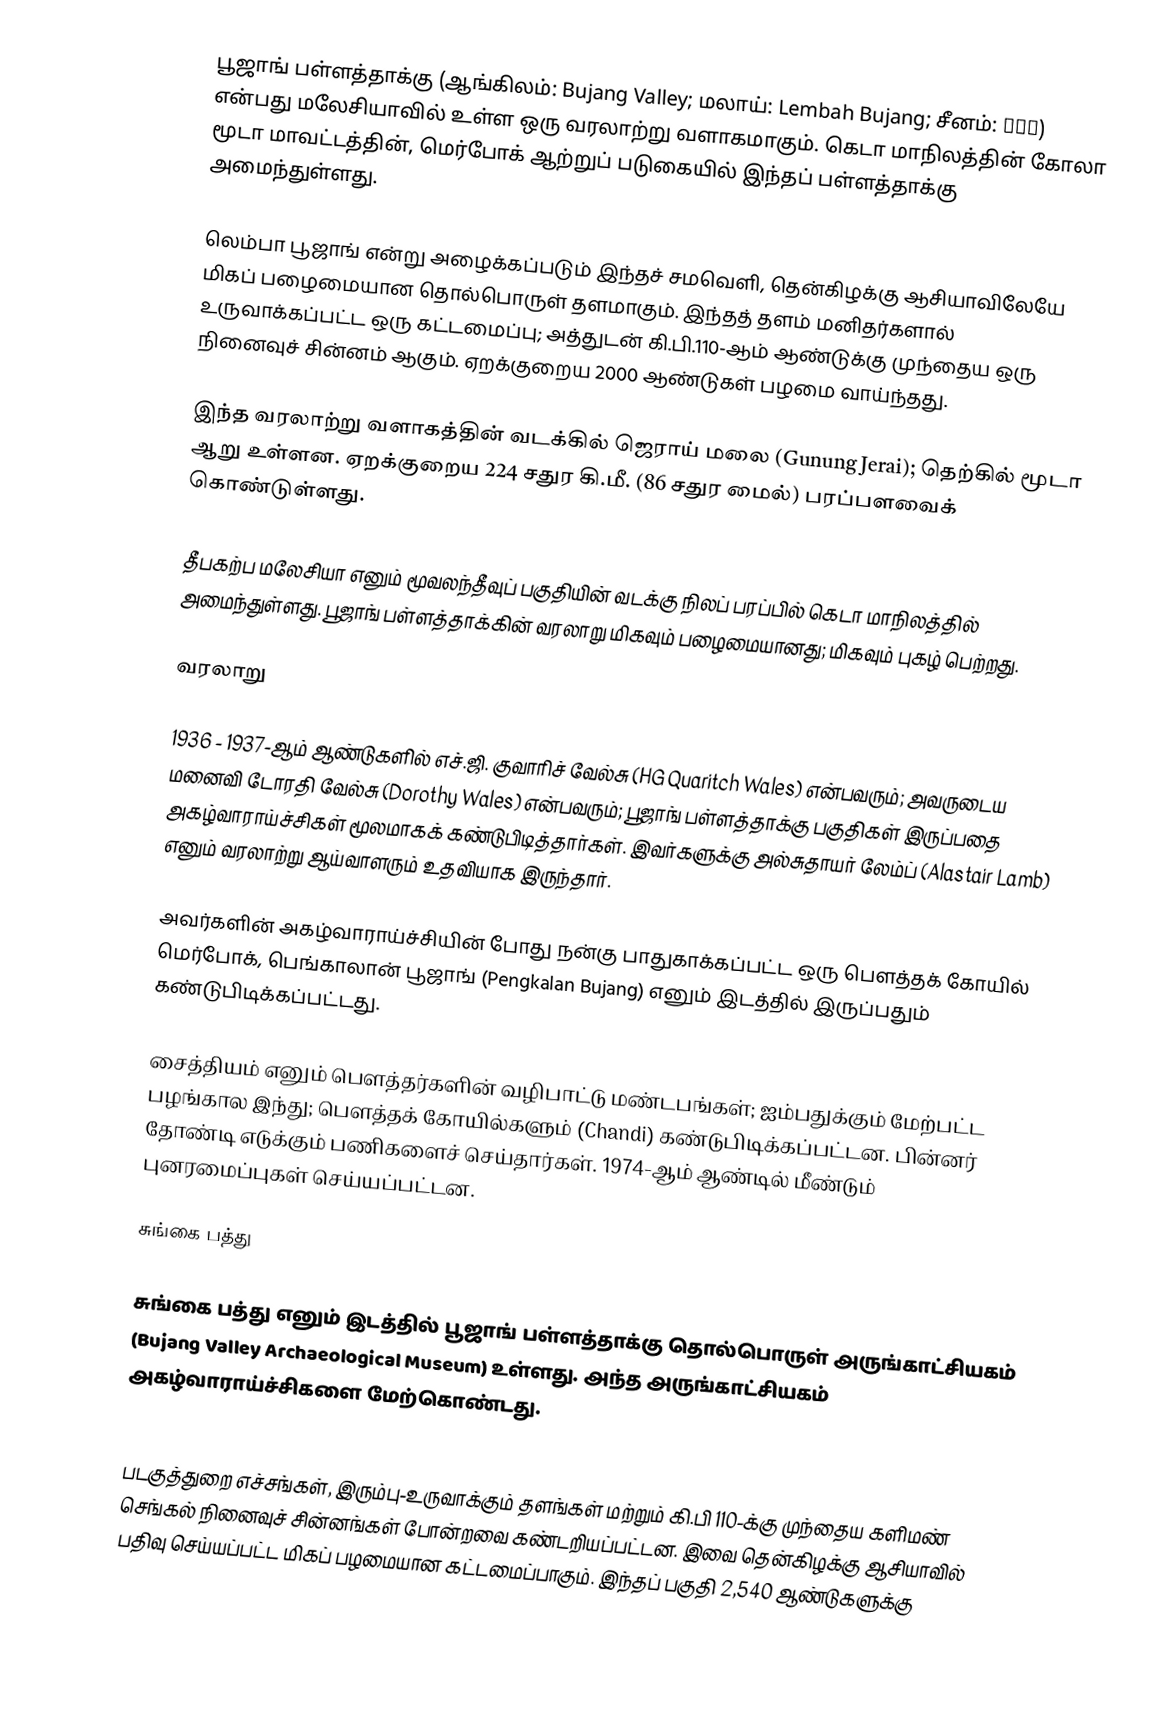
பூஜாங் பள்ளத்தாக்கு (ஆங்கிலம்: Bujang Valley; மலாய்: Lembah Bujang; சீனம்: 布央谷) என்பது மலேசியாவில் உள்ள ஒரு வரலாற்று வளாகமாகும். கெடா மாநிலத்தின் கோலா மூடா மாவட்டத்தின், மெர்போக் ஆற்றுப் படுகையில் இந்தப் பள்ளத்தாக்கு அமைந்துள்ளது.

லெம்பா பூஜாங் என்று அழைக்கப்படும் இந்தச் சமவெளி, தென்கிழக்கு ஆசியாவிலேயே மிகப் பழைமையான தொல்பொருள் தளமாகும். இந்தத் தளம் மனிதர்களால் உருவாக்கப்பட்ட ஒரு கட்டமைப்பு; அத்துடன் கி.பி.110-ஆம் ஆண்டுக்கு முந்தைய ஒரு நினைவுச் சின்னம் ஆகும். ஏறக்குறைய 2000 ஆண்டுகள் பழமை வாய்ந்தது.

இந்த வரலாற்று வளாகத்தின் வடக்கில் ஜெராய் மலை (Gunung Jerai); தெற்கில் மூடா ஆறு உள்ளன. ஏறக்குறைய 224 சதுர கி.மீ. (86 சதுர மைல்) பரப்பளவைக் கொண்டுள்ளது.

தீபகற்ப மலேசியா எனும் மூவலந்தீவுப் பகுதியின் வடக்கு நிலப் பரப்பில் கெடா மாநிலத்தில் அமைந்துள்ளது. பூஜாங் பள்ளத்தாக்கின் வரலாறு மிகவும் பழைமையானது; மிகவும் புகழ் பெற்றது.

வரலாறு

1936 - 1937-ஆம் ஆண்டுகளில் எச்.ஜி. குவாரிச் வேல்சு (HG Quaritch Wales) என்பவரும்; அவருடைய மனைவி டோரதி வேல்சு (Dorothy Wales) என்பவரும்; பூஜாங் பள்ளத்தாக்கு பகுதிகள் இருப்பதை அகழ்வாராய்ச்சிகள் மூலமாகக் கண்டுபிடித்தார்கள். இவர்களுக்கு அல்சுதாயர் லேம்ப் (Alastair Lamb) எனும் வரலாற்று ஆய்வாளரும் உதவியாக இருந்தார்.

அவர்களின் அகழ்வாராய்ச்சியின் போது நன்கு பாதுகாக்கப்பட்ட ஒரு பௌத்தக் கோயில் மெர்போக், பெங்காலான் பூஜாங் (Pengkalan Bujang) எனும் இடத்தில் இருப்பதும் கண்டுபிடிக்கப்பட்டது.

சைத்தியம் எனும் பௌத்தர்களின் வழிபாட்டு மண்டபங்கள்; ஐம்பதுக்கும் மேற்பட்ட பழங்கால இந்து; பௌத்தக் கோயில்களும் (Chandi) கண்டுபிடிக்கப்பட்டன. பின்னர் தோண்டி எடுக்கும் பணிகளைச் செய்தார்கள். 1974-ஆம் ஆண்டில் மீண்டும் புனரமைப்புகள் செய்யப்பட்டன.

சுங்கை பத்து

சுங்கை பத்து எனும் இடத்தில் பூஜாங் பள்ளத்தாக்கு தொல்பொருள் அருங்காட்சியகம் (Bujang Valley Archaeological Museum) உள்ளது. அந்த அருங்காட்சியகம் அகழ்வாராய்ச்சிகளை மேற்கொண்டது.

படகுத்துறை எச்சங்கள், இரும்பு-உருவாக்கும் தளங்கள் மற்றும் கி.பி 110-க்கு முந்தைய களிமண் செங்கல் நினைவுச் சின்னங்கள் போன்றவை கண்டறியப்பட்டன. இவை தென்கிழக்கு ஆசியாவில் பதிவு செய்யப்பட்ட மிகப் பழமையான கட்டமைப்பாகும். இந்தப் பகுதி 2,540 ஆண்டுகளுக்கு